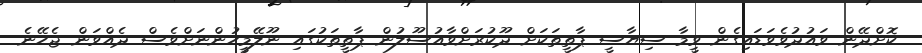
ކޮށްދޭން ވައުދުވެވަޑައިގެން ވީމާ ސިޔާސީ ޕާތީތަކަށް ދޫކުރަށްވާއުސޫލުން ޕާތީތަކުގައި ނޫލޭމީހުންނަށްވެސް ދެއްވަން ޖެހޭނެ